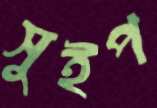
সুইপ